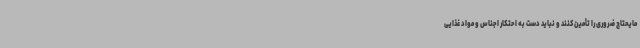
مایحتاج ضروری را تأمین کنند و نباید دست به احتکار اجناس و مواد غذایی